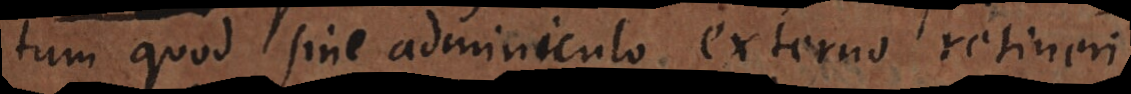
tum quod sine adminiculo externo retineri